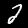
Label: 2